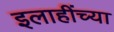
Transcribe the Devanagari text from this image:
इलाहींच्या